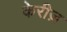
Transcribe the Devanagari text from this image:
केरीज़